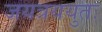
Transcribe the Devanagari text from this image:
जयत्रययुतः